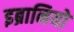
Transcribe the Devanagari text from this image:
इब्रानियो